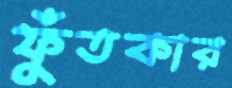
ফুঁতকার